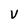
Character: V